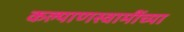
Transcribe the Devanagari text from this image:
कल्याणस्वामींच्या